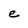
Character: e